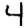
Digit: 4